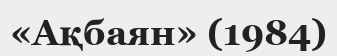
«Ақбаян» (1984)